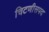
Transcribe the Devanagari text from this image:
चिटणीसपद